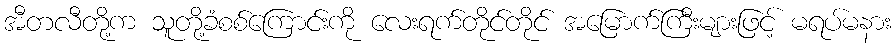
အီတလီတို့က သူတို့ခံစစ်ကြောင်းကို လေးရက်တိုင်တိုင် အမြောက်ကြီးများဖြင့် မရပ်မနား